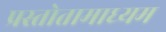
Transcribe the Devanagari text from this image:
प्रस्तोतामाध्यम